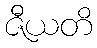
ဇီယတိ